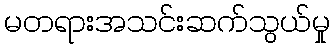
မတရားအသင်းဆက်သွယ်မှု